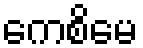
ကေစိမေ